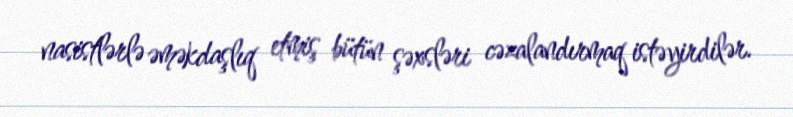
nasistlərlə əməkdaşlıq etmiş bütün şəxsləri cəzalandırmaq istəyirdilər.